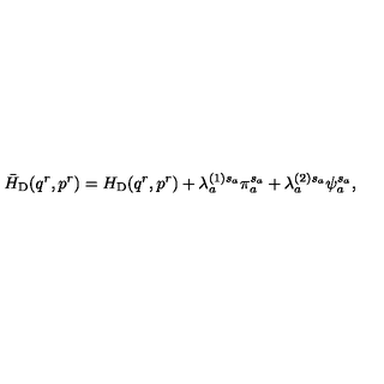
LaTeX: \bar { H } _ { \mathrm { D } } ( q ^ { r } , p ^ { r } ) = H _ { \mathrm { D } } ( q ^ { r } , p ^ { r } ) + \lambda _ { a } ^ { ( 1 ) s _ { a } } \pi _ { a } ^ { s _ { a } } + \lambda _ { a } ^ { ( 2 ) s _ { a } } \psi _ { a } ^ { s _ { a } } ,